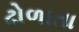
ઢોળાતા